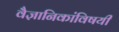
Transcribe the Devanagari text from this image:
वैज्ञानिकांविषयी